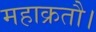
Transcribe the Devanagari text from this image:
महाक्रतौ।